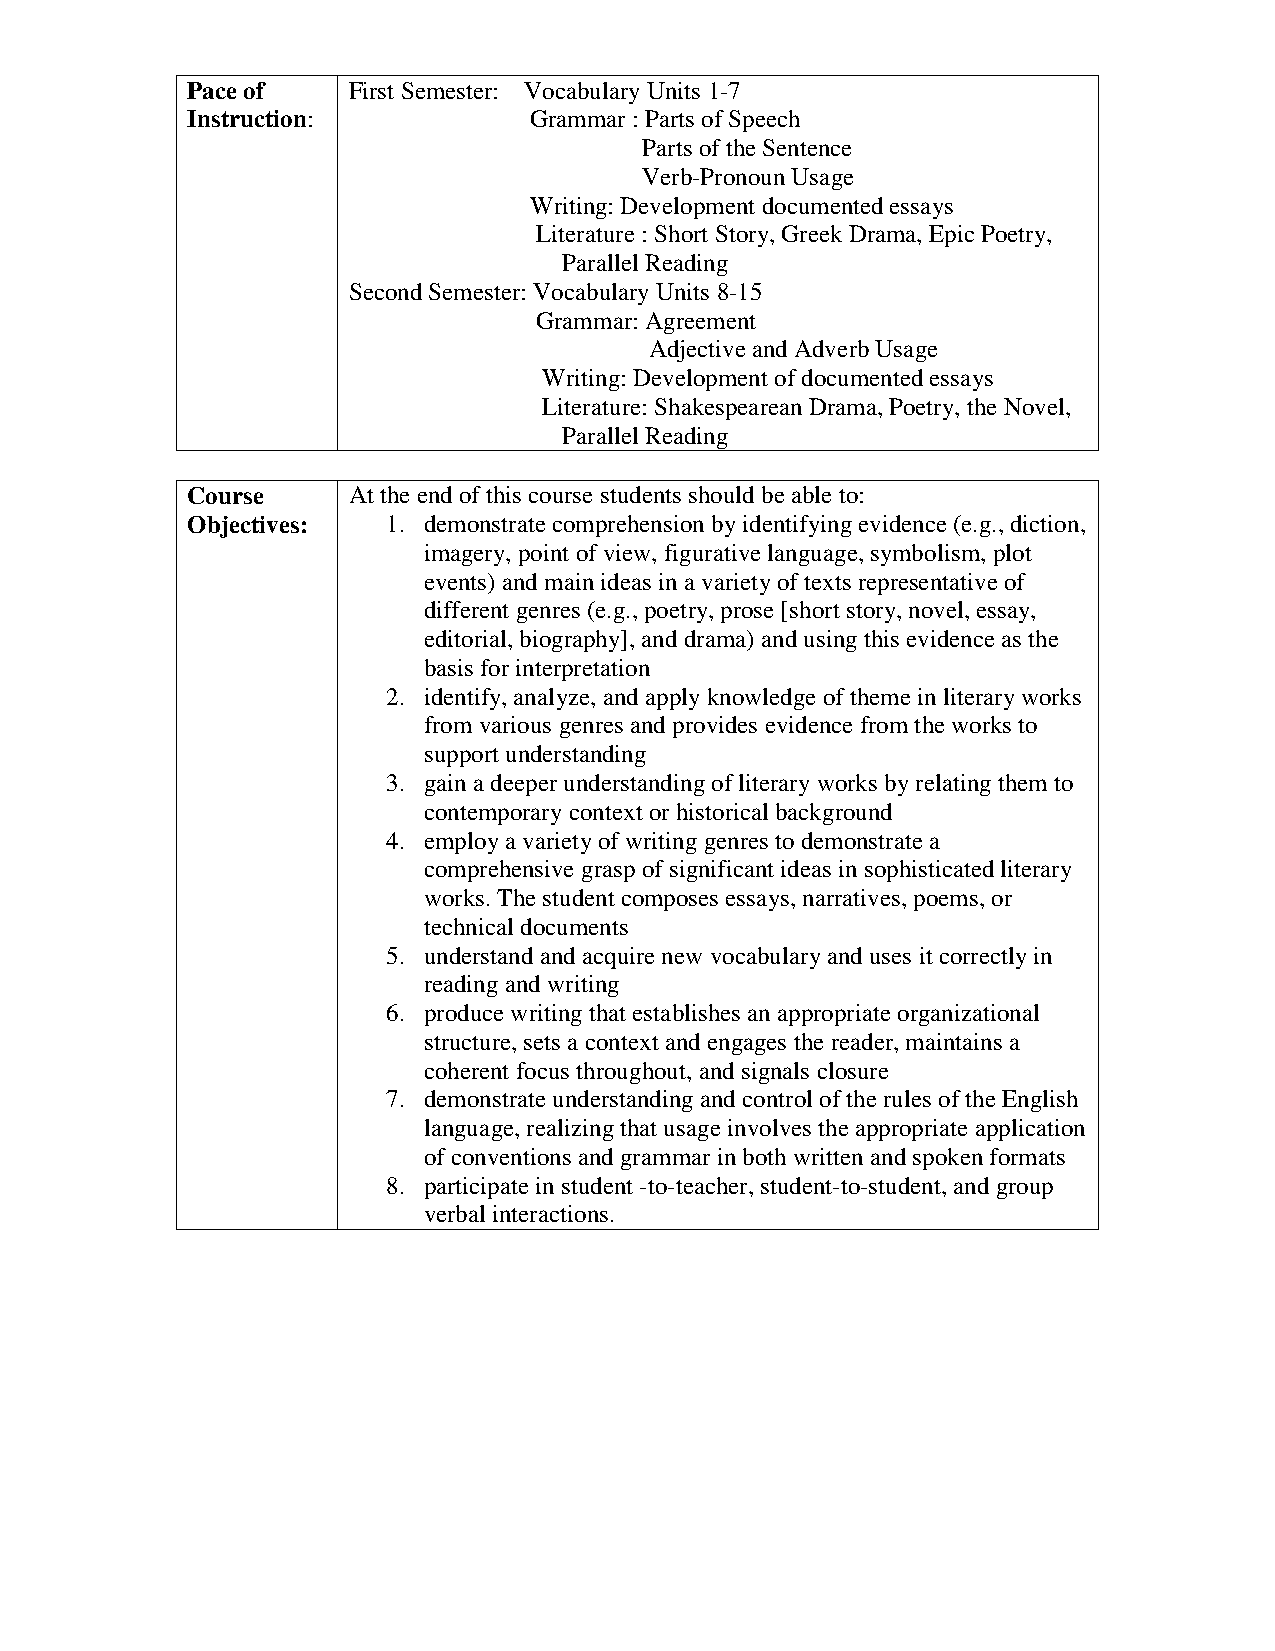
Pace of    First Semester: Vocabulary Units 1-7
 Instruction:           Grammar : Parts of Speech
 Parts of the Sentence
 Verb-Pronoun Usage
 Writing: Development documented essays
 Literature : Short Story, Greek Drama, Epic Poetry,
 Parallel Reading
 Second Semester: Vocabulary Units 8-15
 Grammar: Agreement
 Adjective and Adverb Usage
 Writing: Development of documented essays
 Literature: Shakespearean Drama, Poetry, the Novel,
 Parallel Reading
 Course     At the end of this course students should be able to:
 Objectives:   1. demonstrate comprehension by identifying evidence (e.g., diction,
 imagery, point of view, figurative language, symbolism, plot
 events) and main ideas in a variety of texts representative of
 different genres (e.g., poetry, prose [short story, novel, essay,
 editorial, biography], and drama) and using this evidence as the
 basis for interpretation
 2. identify, analyze, and apply knowledge of theme in literary works
 from various genres and provides evidence from the works to
 support understanding
 3. gain a deeper understanding of literary works by relating them to
 contemporary context or historical background
 4. employ a variety of writing genres to demonstrate a
 comprehensive grasp of significant ideas in sophisticated literary
 works. The student composes essays, narratives, poems, or
 technical documents
 5. understand and acquire new vocabulary and uses it correctly in
 reading and writing
 6. produce writing that establishes an appropriate organizational
 structure, sets a context and engages the reader, maintains a
 coherent focus throughout, and signals closure
 7. demonstrate understanding and control of the rules of the English
 language, realizing that usage involves the appropriate application
 of conventions and grammar in both written and spoken formats
 8. participate in student -to-teacher, student-to-student, and group
 verbal interactions.